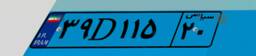
۳۹D۱۱۵۲۰